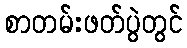
စာတမ်းဖတ်ပွဲတွင်